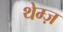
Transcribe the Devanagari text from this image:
थेम्ज़